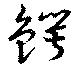
鰐